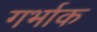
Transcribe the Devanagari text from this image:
गर्भाक